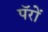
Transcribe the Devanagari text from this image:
पॅरों